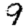
Digit: 9